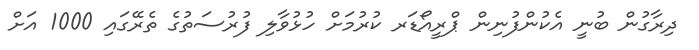
ދިރާގުން ބުނީ އެކުންފުނިން ޕްރީއޯޑަރ ކުރުމަށް ހުޅުވާލި ފުރުސަތުގެ ތެރޭގައި 1000 އަށް